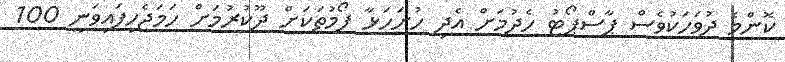
ކޮންމެ ދުވަހަކުވެސް ޕާސްޕޯޓު ހެދުމަށް އެދި ހުށަހަޅާ ފޯމުތަކަށް ދޫކުރުމަށް ހަމަޖެހިފައިވަނީ 100